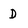
Character: D